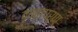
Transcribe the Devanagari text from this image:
वृन्तपर्ण